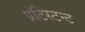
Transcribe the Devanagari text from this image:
प्रॉटेस्टन्ट